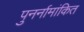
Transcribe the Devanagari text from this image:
पुनर्नामांकित